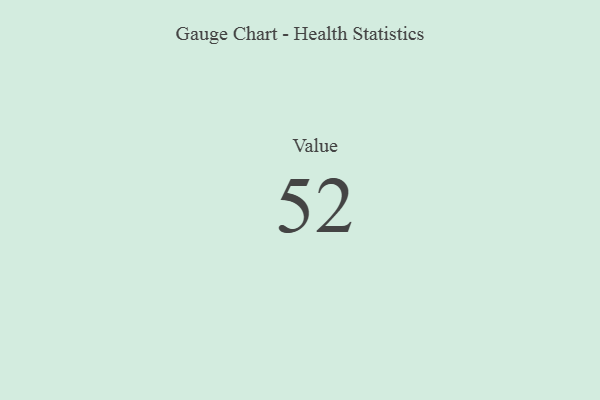
{"axis": {"x": "Metric", "y": "Value"}, "legend": [""], "data": [{"x": "Value", "y": 52, "type": ""}]}